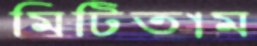
মিটিতাম